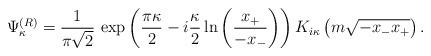
LaTeX: \begin{align*}\Psi_{\kappa}^{(R)}=\frac1{\pi\sqrt{2}}\,\exp\left(\frac{\pi\kappa}2-i\frac{\kappa}2\ln\left(\frac{x_+}{-x_-}\right)\right)K_{i\kappa}\left(m\sqrt{-x_-x_+}\right).\end{align*}